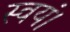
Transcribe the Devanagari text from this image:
स्वयं।